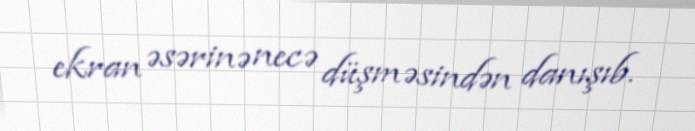
ekran əsərinə necə düşməsindən danışıb.